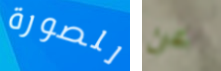
للصورة عن